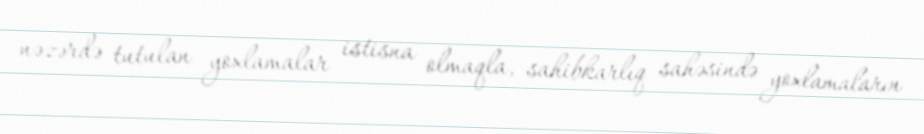
nəzərdə tutulan yoxlamalar istisna olmaqla, sahibkarlıq sahəsində yoxlamaların